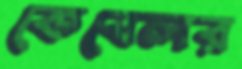
কেবেলর